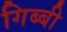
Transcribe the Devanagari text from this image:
गिब्बी